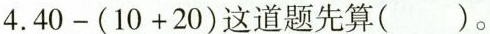
4.$$40-(10+20)$$这道题先算( )。